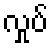
လှုပ်